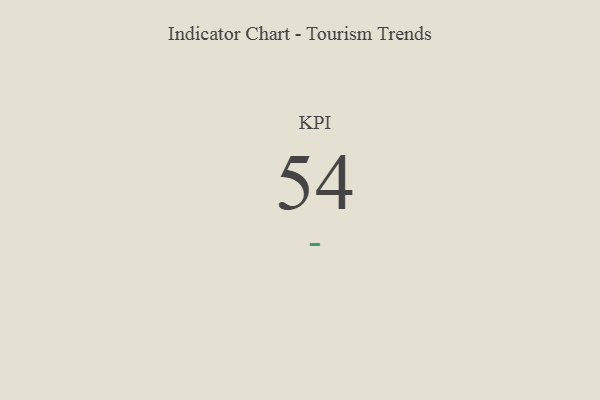
{"axis": {"x": "KPI", "y": "Value"}, "legend": [""], "data": [{"x": "KPI", "y": 54, "type": ""}]}